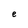
Character: e